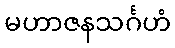
မဟာဇနသင်္ဂဟံ